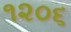
૧૨૦૬